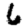
Digit: 6